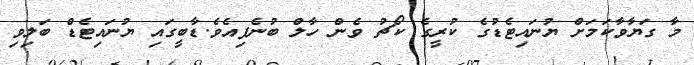
މާ ގަޔާވާކަމަށް ޔުނައިޓެޑުގެ ކުރީގެ ކޯޗު ވެން ހާލް ބުނެފިއެވެ.ޑާބީގައި ޔުނައިޓެޑް ބަލިވި